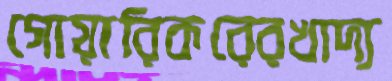
গোয়ারিকরেরখাদ্য